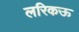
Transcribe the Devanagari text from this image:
लरिकऊ